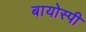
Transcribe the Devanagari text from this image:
बायोस्पी